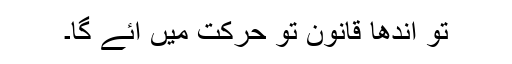
تو اندھا قانون تو حرکت میں ائے گا۔